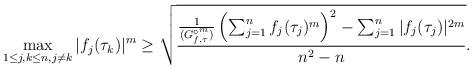
LaTeX: \begin{align*}\max _{1\leq j,k \leq n, j\neq k}|f_j(\tau_k)|^m\geq \sqrt{\frac{\frac{1}{(G_{f,\tau}^{\circ^m})}\left(\sum_{j=1}^nf_j(\tau_j)^m\right)^2-\sum_{j=1}^n|f_j(\tau_j)|^{2m}}{n^2-n}}.\end{align*}